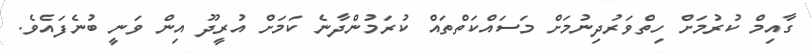
ގާއިމް ކުރުމަށް ހިތްވަރުދިނުމަށް މަސައްކަތްތައް ކުރަމުންދާނެ ކަމަށް އުރީދޫ އިން ވަނީ ބުނެފައެވެ.